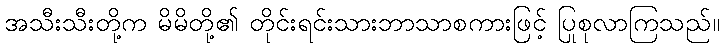
အသီးသီးတို့က မိမိတို့၏ တိုင်းရင်းသားဘာသာစကားဖြင့် ပြုစုလာကြသည်။